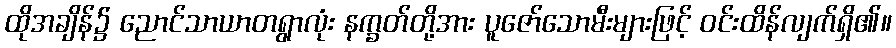
ထိုအချိန်၌ ညောင်သာယာတရွာလုံး နက္ခတ်တို့အား ပူဇော်သောမီးများဖြင့် ဝင်းထိန်လျက်ရှိ၏။